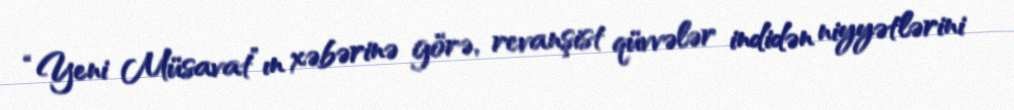
“Yeni Müsavat”ın xəbərinə görə, revanşist qüvvələr indidən niyyətlərini